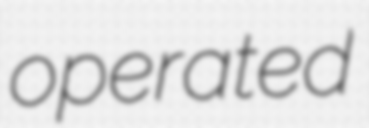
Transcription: operated